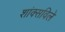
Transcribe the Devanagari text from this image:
शांक्सविले